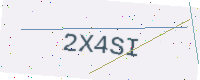
Text: 2X4SI